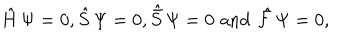
\hat { H } \, \Psi = 0 , \hat { S } \, \Psi = 0 , { \hat { \bar { S } } } \, \Psi = 0 \, \, \mathrm { a n d } \, \, \hat { \cal F } \, \Psi = 0 ,